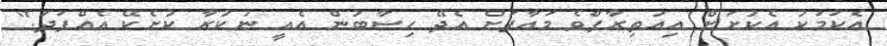
އެކަމަކު އެކުށަށް އިއުތިރާފްވެ މަޢާފަށް އެދޭ ހިސާބުން އެއީ ނުކުރާ ކުށެކޭ އެއްފަދަ."